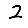
Digit: 2